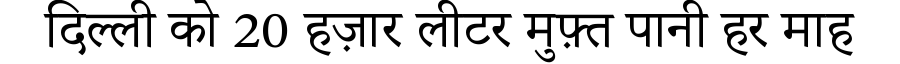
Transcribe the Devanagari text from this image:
दिल्ली को 20 हज़ार लीटर मुफ़्त पानी हर माह